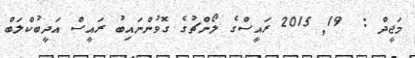
މަޖީދް :  19